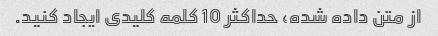
از متن داده شده، حداکثر 10 کلمه کلیدی ایجاد کنید.